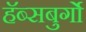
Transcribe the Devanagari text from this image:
हॅब्सबुर्गो